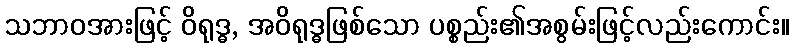
သဘာဝအားဖြင့် ဝိရုဒ္ဓ, အဝိရုဒ္ဓဖြစ်သော ပစ္စည်း၏အစွမ်းဖြင့်လည်းကောင်း။